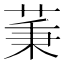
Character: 𦱮